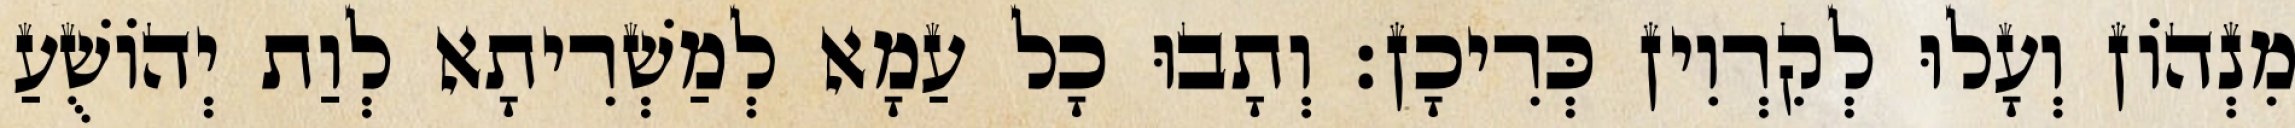
מִנְהוֹן וְעָלוּ לְקִרְוִין כְּרִיכָן׃ וְתָבוּ כָל עַמָא לְמַשְׁרִיתָא לְוַת יְהוֹשֻׁעַ